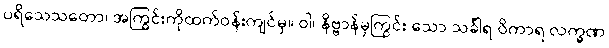
ပရိသေသတော၊ အကြွင်းကိုထက်ဝန်းကျင်မှ။ ဝါ၊ နိဗ္ဗာန်မှကြွင်း သော သင်္ခါရ ဝိကာရ လက္ခဏ